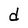
Character: d